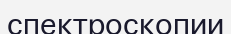
спектроскопии